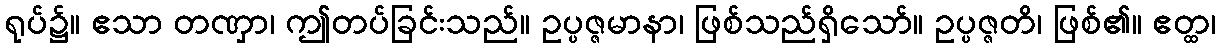
ရုပ်၌။ ဧသာ တဏှာ၊ ဤတပ်ခြင်းသည်။ ဥပ္ပဇ္ဇမာနာ၊ ဖြစ်သည်ရှိသော်။ ဥပ္ပဇ္ဇတိ၊ ဖြစ်၏။ ဧတ္ထ၊